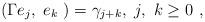
LaTeX: \begin{align*}(\Gamma e_j,\ e_k\ )=\gamma_{j+k},\ j,\ k\ge0\ ,\end{align*}